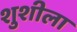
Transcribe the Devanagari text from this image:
शुशीला